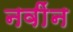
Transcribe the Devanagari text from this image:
नवींन